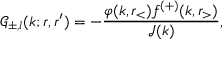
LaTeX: \mathcal { G } _ { \pm , l } ( k ; r , r ^ { \prime } ) = - \frac { \varphi ( k , r _ { < } ) f ^ { ( + ) } ( k , r _ { > } ) } { \mathcal { J } ( k ) } ,